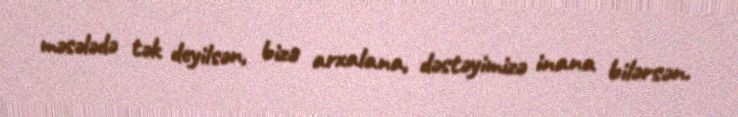
məsələdə tək deyilsən, bizə arxalana, dəstəyimizə inana bilərsən.